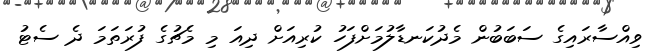
ވިއްސާރައިގެ ސަބަބުން މެދުކަނޑާލުމަށްފަހު ކުރިއަށް ދިއަ މި މެޗުގެ ފުރަތަމަ ދެ ސެޓު